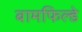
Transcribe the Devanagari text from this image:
बामफिल्डे